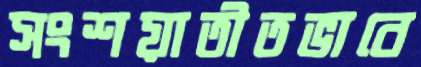
সংশয়াতীতভাবে